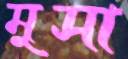
মুসা